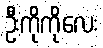
ဦးကိုကိုလေး